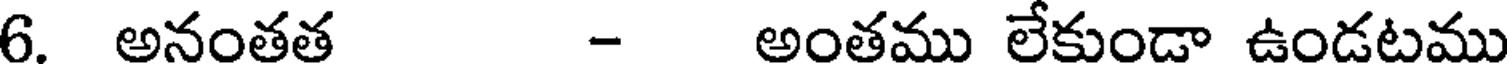
6. అనంతత - అంతము లేకుండా ఉండటము